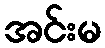
အင်းမ